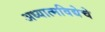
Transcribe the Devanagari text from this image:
अध्यात्मविद्येचे